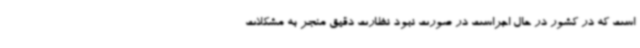
است که در کشور در حال اجراست در صورت نبود نظارت دقیق منجر به مشکلات